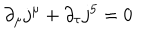
\partial _ { \mu } j ^ { \mu } + \partial _ { \tau } j ^ { 5 } = 0